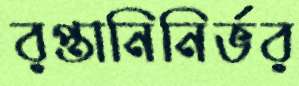
রপ্তানিনির্ভর